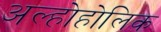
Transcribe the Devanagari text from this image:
अल्होहोलिक